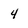
Character: 4